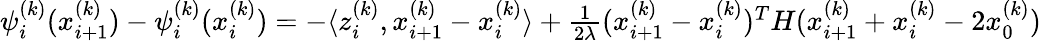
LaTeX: \begin{array}{r}{\psi_{i}^{(k)}(x_{i+1}^{(k)})-\psi_{i}^{(k)}(x_{i}^{(k)})=-\langle z_{i}^{(k)},x_{i+1}^{(k)}-x_{i}^{(k)}\rangle+\frac{1}{2\lambda}(x_{i+1}^{(k)}-x_{i}^{(k)})^{T}H(x_{i+1}^{(k)}+x_{i}^{(k)}-2x_{0}^{(k)})}\end{array}